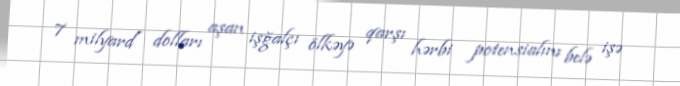
7 milyard dolları aşan işğalçı ölkəyə qarşı hərbi potensialını belə işə